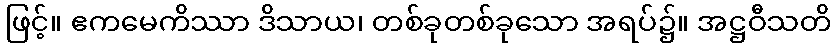
ဖြင့်။ ဧကမေကိဿာ ဒိသာယ၊ တစ်ခုတစ်ခုသော အရပ်၌။ အဋ္ဌဝီသတိ